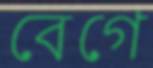
বেগে